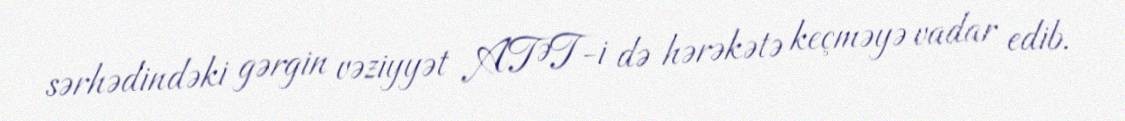
sərhədindəki gərgin vəziyyət ATƏT-i də hərəkətə keçməyə vadar edib.